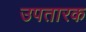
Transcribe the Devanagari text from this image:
उपतारक